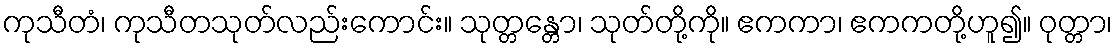
ကုသီတံ၊ ကုသီတသုတ်လည်းကောင်း။ သုတ္တန္တော၊ သုတ်တို့ကို။ ဧကကာ၊ ဧကကတို့ဟူ၍။ ဝုတ္တာ၊